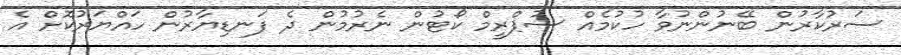
ސަރުކާރުން ބޭނުންނުވާ ހުކުމެއް ސުޕްރީމް ކޯޓުން ނެރުމުން ދެ ފަނޑިޔާރުން ހައްޔަރުކޮށް އެ